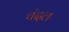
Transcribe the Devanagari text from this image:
चंदल